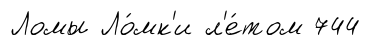
Ломы Ло́мк'и л'е́том 744